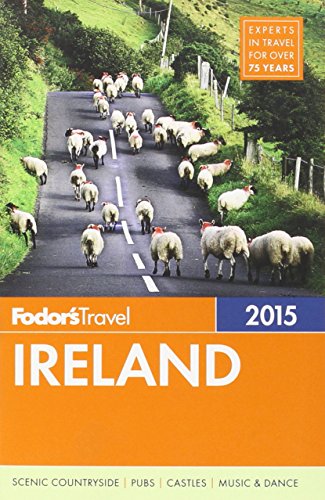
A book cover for Fodor's Ireland 2015 (Full-color Travel Guide); Fodor's; Travel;